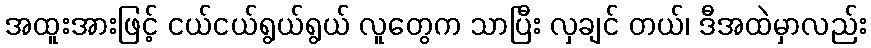
အထူးအားဖြင့် ငယ်ငယ်ရွယ်ရွယ် လူတွေက သာပြီး လှချင် တယ်၊ ဒီအထဲမှာလည်း